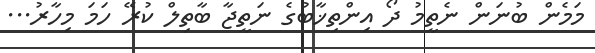
މަމެން ބުނަން ނެތީމު ދޯ އިންތިޚާބުގެ ނަތީޖާ ބާތިލް ކުރޭ ހަމަ މިހާރު...